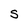
Character: S